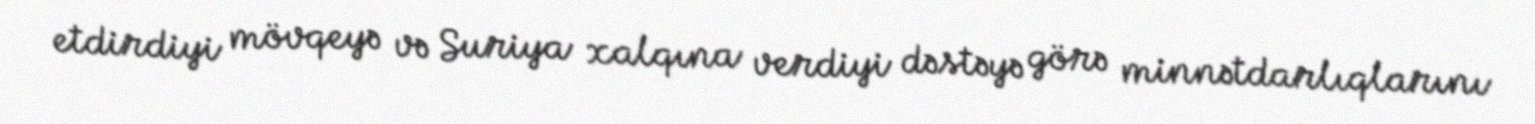
etdirdiyi mövqeyə və Suriya xalqına verdiyi dəstəyə görə minnətdarlıqlarını